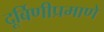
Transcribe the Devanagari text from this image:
दूर्बिणीप्रमाणे